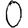
Digit: 0